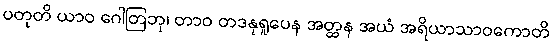
ပတုတိ ယာဝ ဂေါတြဘု၊ တာဝ တဒနုရူပေန အတ္ထန အယံ အရိယာသာဝကောတိ